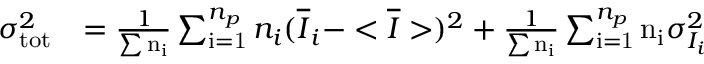
\begin{array} { r l } { \sigma _ { \mathrm { t o t } } ^ { 2 } } & { = \frac { 1 } { \sum { \mathrm { n _ { i } } } } \sum _ { \mathrm { i = 1 } } ^ { n _ { p } } n _ { i } ( \overline { { I } } _ { i } - < \overline { { I } } > ) ^ { 2 } + \frac { 1 } { \sum { \mathrm { n _ { i } } } } \sum _ { \mathrm { i = 1 } } ^ { n _ { p } } \mathrm { n _ { i } } \sigma _ { I _ { i } } ^ { 2 } } \end{array}